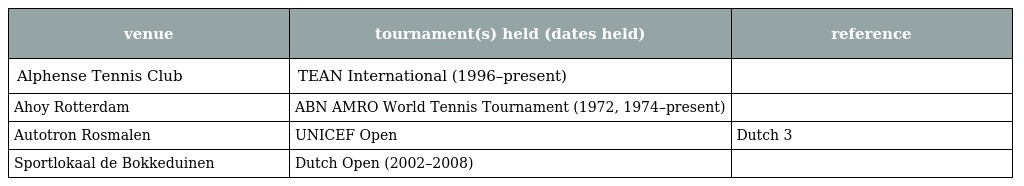
| venue | tournament(s) held (dates held) | reference |
 | --- | --- | --- |
 | Alphense Tennis Club | TEAN International (1996–present) |  |
 | Ahoy Rotterdam | ABN AMRO World Tennis Tournament (1972, 1974–present) |  |
 | Autotron Rosmalen | UNICEF Open | Dutch 3 |
 | Sportlokaal de Bokkeduinen | Dutch Open (2002–2008) |  |